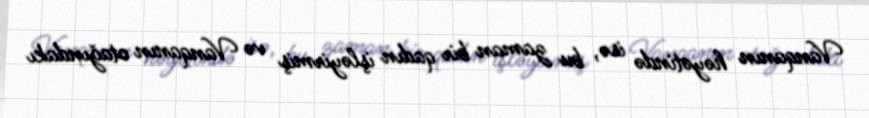
Vanqanın həyətində isə, bu zaman bir qadın işləyirmiş və Vanqanın otağındakı